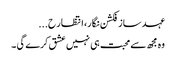
عہد ساز فکشن نگار، انتظار ح...
وہ مجھ سے محبت ہی نہیں عشق کرے گی ۔